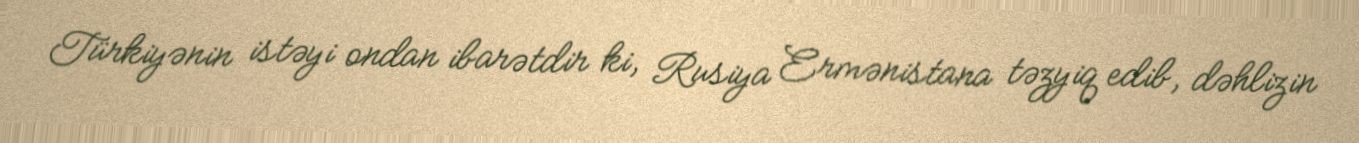
Türkiyənin istəyi ondan ibarətdir ki, Rusiya Ermənistana təzyiq edib, dəhlizin